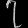
Digit: ၇